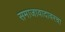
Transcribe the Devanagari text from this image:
समाजावादावरचा